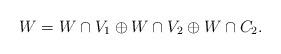
LaTeX: \begin{gather*}W = W \cap V_1 \oplus W \cap V_2 \oplus W \cap C_2.\end{gather*}